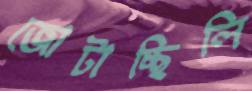
জোটাচ্ছিলি